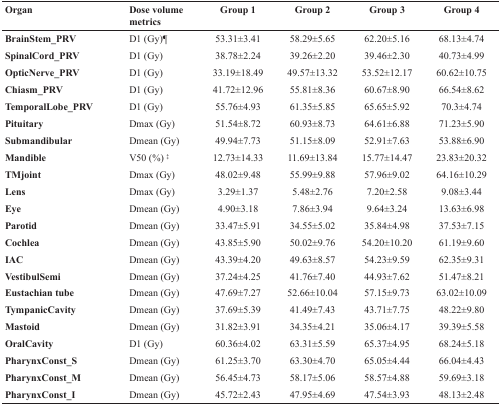
<table><thead><tr><td><b>Organ</b></td><td><b>Dose volume metrics</b></td><td><b>Group 1</b></td><td><b>Group 2</b></td><td><b>Group 3</b></td><td><b>Group 4</b></td></tr></thead><tbody><tr><td><b>BrainStem_PRV</b></td><td>D1 (Gy)<sup>¶</sup></td><td>53.31±3.41</td><td>58.29±5.65</td><td>62.20±5.16</td><td>68.13±4.74</td></tr><tr><td><b>SpinalCord_PRV</b></td><td>D1 (Gy)</td><td>38.78±2.24</td><td>39.26±2.20</td><td>39.46±2.30</td><td>40.73±4.99</td></tr><tr><td><b>OpticNerve_PRV</b></td><td>D1 (Gy)</td><td>33.19±18.49</td><td>49.57±13.32</td><td>53.52±12.17</td><td>60.62±10.75</td></tr><tr><td><b>Chiasm_PRV</b></td><td>D1 (Gy)</td><td>41.72±12.96</td><td>55.81±8.36</td><td>60.67±8.90</td><td>66.54±8.62</td></tr><tr><td><b>TemporalLobe_PRV</b></td><td>D1 (Gy)</td><td>55.76±4.93</td><td>61.35±5.85</td><td>65.65±5.92</td><td>70.3±4.74</td></tr><tr><td><b>Pituitary</b></td><td>Dmax (Gy)</td><td>51.54±8.72</td><td>60.93±8.73</td><td>64.61±6.88</td><td>71.23±5.90</td></tr><tr><td><b>Submandibular</b></td><td>Dmean (Gy)</td><td>49.94±7.73</td><td>51.15±8.09</td><td>52.91±7.63</td><td>53.88±6.90</td></tr><tr><td><b>Mandible</b></td><td>V50 (%)<sup>‡</sup></td><td>12.73±14.33</td><td>11.69±13.84</td><td>15.77±14.47</td><td>23.83±20.32</td></tr><tr><td><b>TMjoint</b></td><td>Dmax (Gy)</td><td>48.02±9.48</td><td>55.99±9.88</td><td>57.96±9.02</td><td>64.16±10.29</td></tr><tr><td><b>Lens</b></td><td>Dmax (Gy)</td><td>3.29±1.37</td><td>5.48±2.76</td><td>7.20±2.58</td><td>9.08±3.44</td></tr><tr><td><b>Eye</b></td><td>Dmean (Gy)</td><td>4.90±3.18</td><td>7.86±3.94</td><td>9.64±3.24</td><td>13.63±6.98</td></tr><tr><td><b>Parotid</b></td><td>Dmean (Gy)</td><td>33.47±5.91</td><td>34.55±5.02</td><td>35.84±4.98</td><td>37.53±7.15</td></tr><tr><td><b>Cochlea</b></td><td>Dmean (Gy)</td><td>43.85±5.90</td><td>50.02±9.76</td><td>54.20±10.20</td><td>61.19±9.60</td></tr><tr><td><b>IAC</b></td><td>Dmean (Gy)</td><td>43.39±4.20</td><td>49.63±8.57</td><td>54.23±9.59</td><td>62.35±9.31</td></tr><tr><td><b>VestibulSemi</b></td><td>Dmean (Gy)</td><td>37.24±4.25</td><td>41.76±7.40</td><td>44.93±7.62</td><td>51.47±8.21</td></tr><tr><td><b>Eustachian tube</b></td><td>Dmean (Gy)</td><td>47.69±7.27</td><td>52.66±10.04</td><td>57.15±9.73</td><td>63.02±10.09</td></tr><tr><td><b>TympanicCavity</b></td><td>Dmean (Gy)</td><td>37.69±5.39</td><td>41.49±7.43</td><td>43.71±7.75</td><td>48.22±9.80</td></tr><tr><td><b>Mastoid</b></td><td>Dmean (Gy)</td><td>31.82±3.91</td><td>34.35±4.21</td><td>35.06±4.17</td><td>39.39±5.58</td></tr><tr><td><b>OralCavity</b></td><td>D1 (Gy)</td><td>60.36±4.02</td><td>63.31±5.59</td><td>65.37±4.95</td><td>68.24±5.18</td></tr><tr><td><b>PharynxConst_S</b></td><td>Dmean (Gy)</td><td>61.25±3.70</td><td>63.30±4.70</td><td>65.05±4.44</td><td>66.04±4.43</td></tr><tr><td><b>PharynxConst_M</b></td><td>Dmean (Gy)</td><td>56.45±4.73</td><td>58.17±5.06</td><td>58.57±4.88</td><td>59.69±3.18</td></tr><tr><td><b>PharynxConst_I</b></td><td>Dmean (Gy)</td><td>45.72±2.43</td><td>47.95±4.69</td><td>47.54±3.93</td><td>48.13±2.48</td></tr></tbody></table>